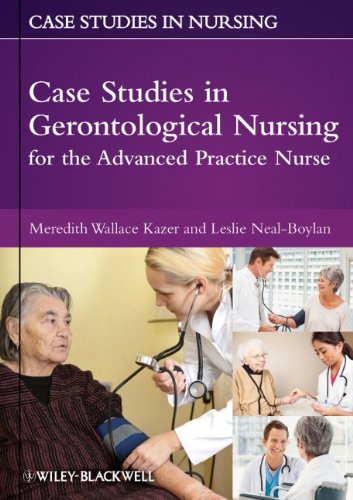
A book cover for Case Studies in Gerontological Nursing for the Advanced Practice Nurse; Meredith Wallace Kazer; Medical Books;